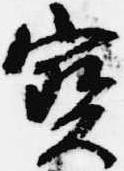
宝